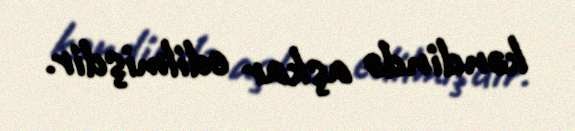
kəndində aşkar edilmişdir.